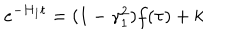
LaTeX: e ^ { - H _ { 1 } t } = ( 1 - \gamma _ { 1 } ^ { 2 } ) f ( \tau ) + k